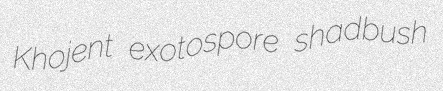
Khojent exotospore shadbush